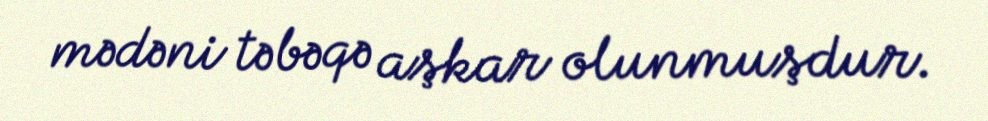
mədəni təbəqə aşkar olunmuşdur.